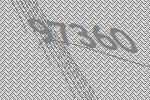
97360